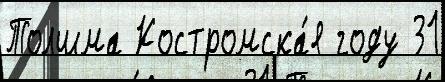
Толшма Костромска́я году 31